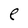
Character: e